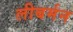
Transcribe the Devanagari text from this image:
लीबर्मन